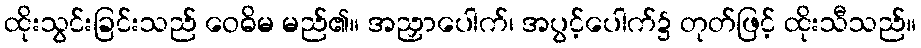
ထိုးသွင်းခြင်းသည် ဝေဓိမ မည်၏။ အညှာပေါက်၊ အပွင့်ပေါက်၌ တုတ်ဖြင့် ထိုးသီသည်။